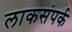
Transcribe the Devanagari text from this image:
लाकसंपर्क